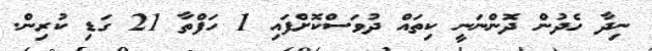
ނިދާ ހެދުން ދޮންނަނީ ކިތައް ދުވަސްކޮށްފައި 1 ހަފްތާ 21 ގަޑި ކުރިން.